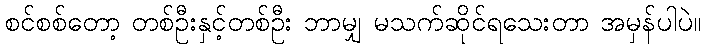
စင်စစ်တော့ တစ်ဦးနှင့်တစ်ဦး ဘာမျှ မသက်ဆိုင်ရသေးတာ အမှန်ပါပဲ။